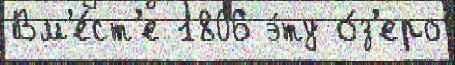
Вм'е́ст'е 1806 э́ту о́з'еро